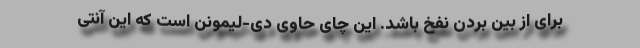
برای از بین بردن نفخ باشد. این چای حاوی دی-لیمونن است که این آنتی